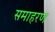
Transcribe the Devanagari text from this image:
समाहरण